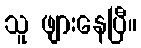
သူ ဖျားနေပြီ။